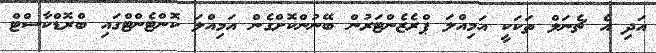
އަދި އެ ޗެނަލް ތަކަކީ އަމިއްލަ ޕްރެޒެންޓަރުން ބޭނުންކޮށްގެން އަމިއްލަ ކޮންޓެންޓްގައި ބްރޮޑްކާސްޓް